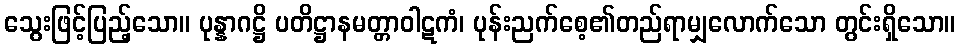
သွေးဖြင့်ပြည့်သော။ ပုန္နာဂဋ္ဌိ ပတိဋ္ဌာနမတ္တာဝါဋကံ၊ ပုန်းညက်စေ့၏တည်ရာမျှလောက်သော တွင်းရှိသော။